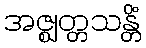
အဇ္ဈတ္တသန္တိံ